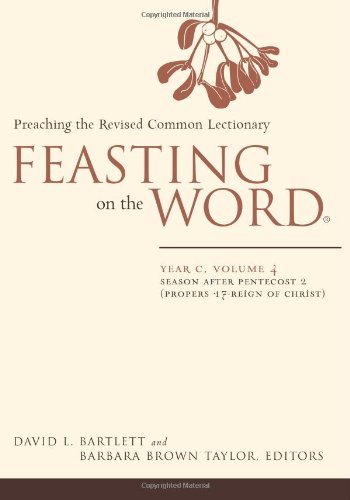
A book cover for Feasting on the Word: Year C, Vol. 4: Season after Pentecost 2 (Propers 17-Reign of Christ); Christian Books & Bibles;